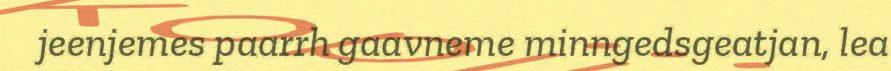
jeenjemes paarrh gaavneme minngedsgeatjan, lea